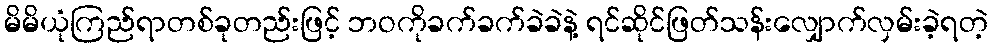
မိမိယုံကြည်ရာတစ်ခုတည်းဖြင့် ဘဝကိုခက်ခက်ခဲခဲနဲ့ ရင်ဆိုင်ဖြတ်သန်းလျှောက်လှမ်းခဲ့ရတဲ့